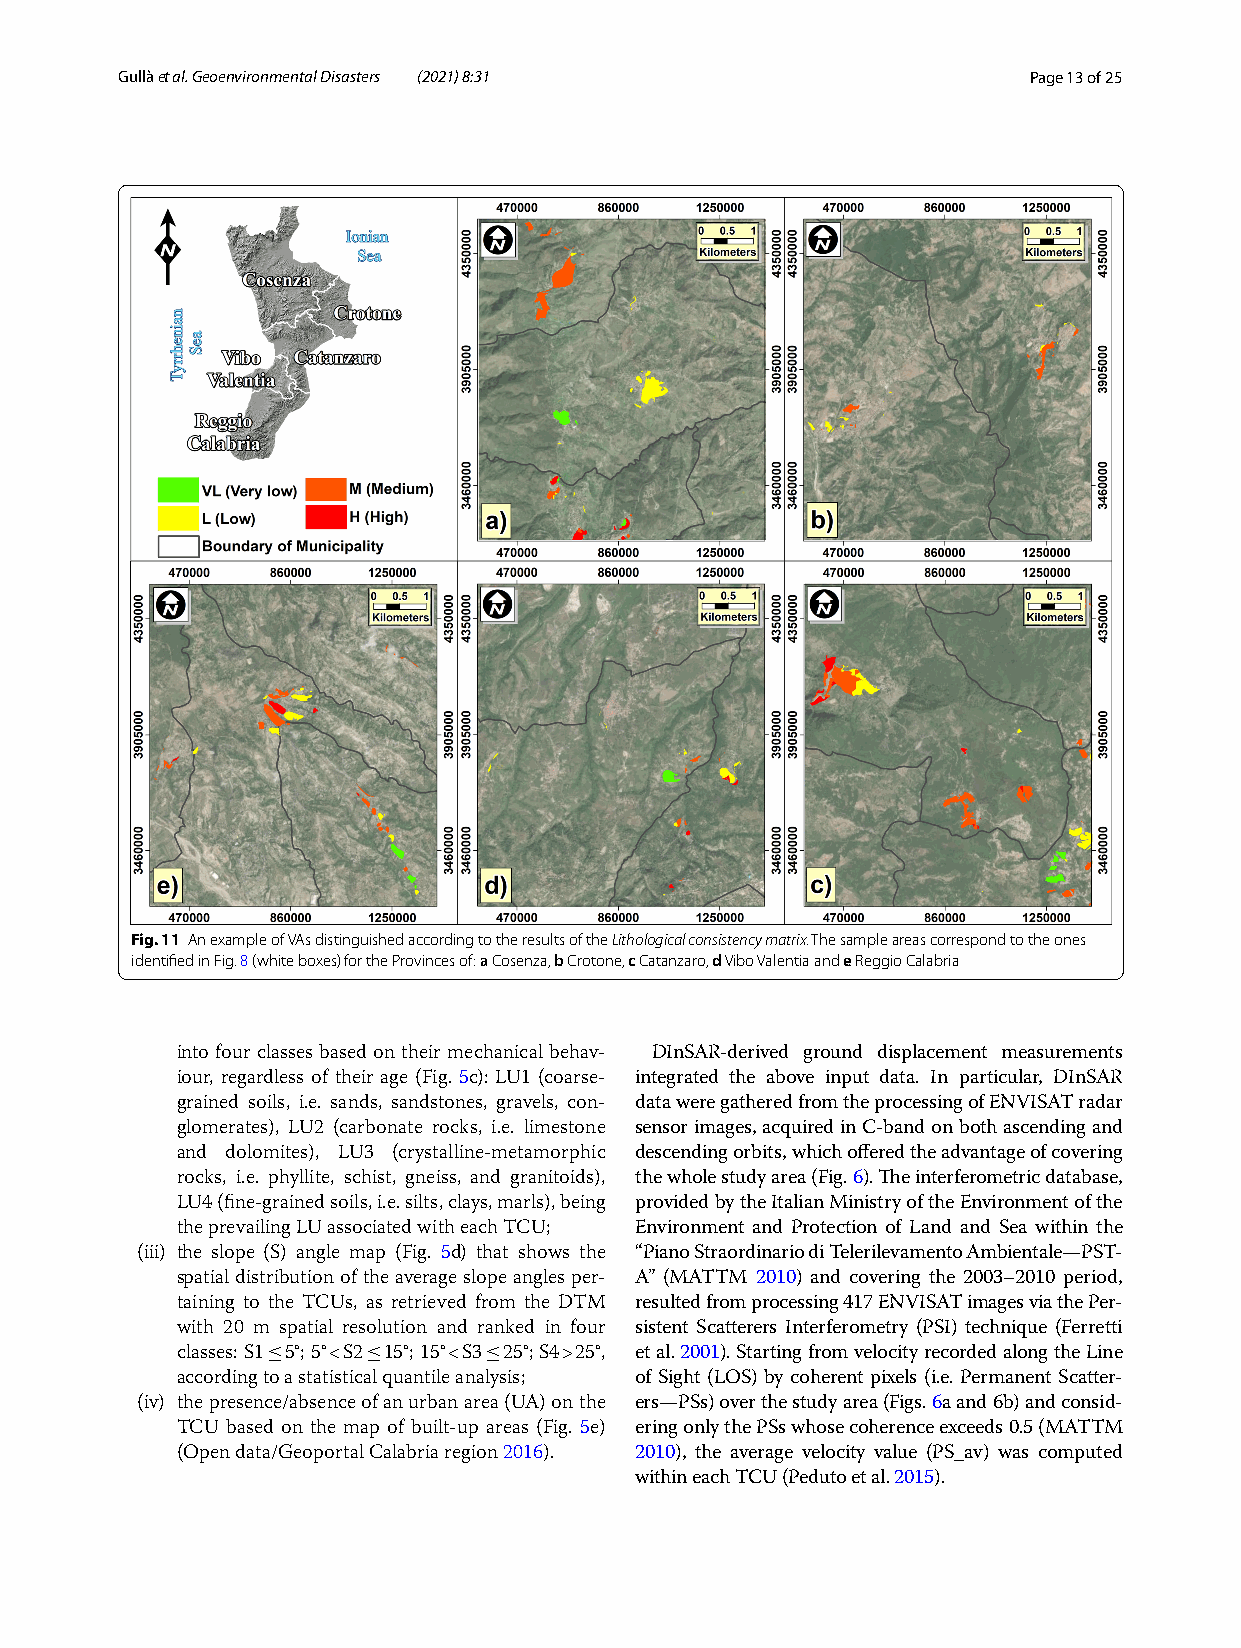
G ullà et al. Geoenvironmental Disasters (2021) 8:31        Page 13 of 25
 Fig. 11 An example of VAs distinguished according to the results of the Lithological consistency matrix. The sample areas correspond to the ones
 identified in Fig. 8 (white boxes) for the Provinces of: a Cosenza, b Crotone, c Catanzaro, d Vibo Valentia and e Reggio Calabria
 into four classes based on their mechanical behav- DInSAR-derived ground displacement measurements
 iour, regardless of their age (Fig. 5c): LU1 (coarse- integrated the above input data. In particular, DInSAR
 grained soils, i.e. sands, sandstones, gravels, con- data were gathered from the processing of ENVISAT radar
 glomerates), LU2 (carbonate rocks, i.e. limestone sensor images, acquired in C-band on both ascending and
 and dolomites), LU3 (crystalline-metamorphic descending orbits, which offered the advantage of covering
 rocks, i.e. phyllite, schist, gneiss, and granitoids), the whole study area (Fig. 6). The interferometric database,
 LU4 (fine-grained soils, i.e. silts, clays, marls), being provided by the Italian Ministry of the Environment of the
 the prevailing LU associated with each TCU; Environment and Protection of Land and Sea within the
 (iii) the slope (S) angle map (Fig. 5d) that shows the “Piano Straordinario di Telerilevamento Ambientale—PST-
 spatial distribution of the average slope angles per- A” (MATTM 2010) and covering the 2003–2010 period,
 taining to the TCUs, as retrieved from the DTM resulted from processing 417 ENVISAT images via the Per-
 with 20 m spatial resolution and ranked in four sistent Scatterers Interferometry (PSI) technique (Ferretti
 classes: S1 5°; 5° < S2 15°; 15° < S3 25°; S4 > 25°, et al. 2001). Starting from velocity recorded along the Line
 ≤     ≤       ≤
 according to a statistical quantile analysis; of Sight (LOS) by coherent pixels (i.e. Permanent Scatter-
 (iv) the presence/absence of an urban area (UA) on the ers—PSs) over the study area (Figs. 6a and 6b) and consid-
 TCU based on the map of built-up areas (Fig. 5e) ering only the PSs whose coherence exceeds 0.5 (MATTM
 (Open data/Geoportal Calabria region 2016). 2010), the average velocity value (PS_av) was computed
 within each TCU (Peduto et al. 2015).